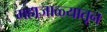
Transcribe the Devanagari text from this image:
महाजाळ्यातून